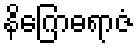
နိဂြောဓရာဇံ